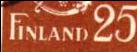
FINLAND 25